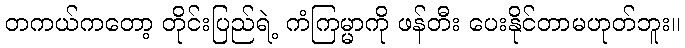
တကယ်ကတော့ တိုင်းပြည်ရဲ့ ကံကြမ္မာကို ဖန်တီး ပေးနိုင်တာမဟုတ်ဘူး။